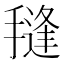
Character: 𭢊